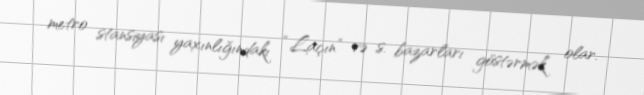
metro stansiyası yaxınlığındakı “Laçın” və s. bazarları göstərmək olar.